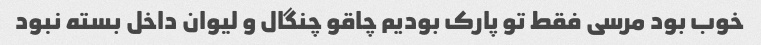
خوب بود مرسی فقط تو پارک بودیم چاقو چنگال و لیوان داخل بسته نبود